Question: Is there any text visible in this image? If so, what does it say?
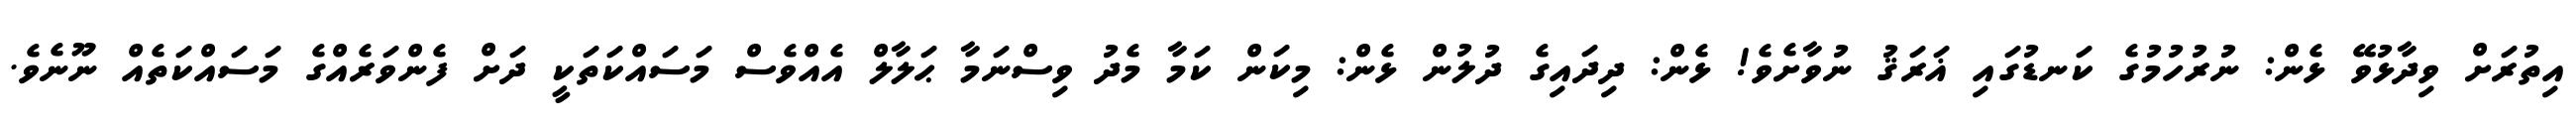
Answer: އިތުރަށް ވިދާޅުވޭ ޅެން: ނުރުހުމުގެ ކަނޑުގައި ޣަރަޤު ނުވާށެވެ! ޅެން: ދިދައިގެ ދުލުން ޅެން: މިކަން ކަމާ މެދު ވިސްނަމާ ޙަލާލް އެއްވެސް މަސައްކަތަކީ ދަށް ފެންވަރެއްގެ މަސައްކަތެއް ނޫނެވެ.